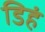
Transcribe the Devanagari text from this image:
डिहं